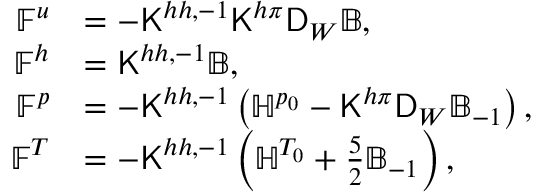
\begin{array} { r l } { \mathbb { F } ^ { u } } & { = - \mathsf { K } ^ { h h , - 1 } \mathsf { K } ^ { h \pi } \mathsf { D } _ { W } \mathbb { B } , } \\ { \mathbb { F } ^ { h } } & { = \mathsf { K } ^ { h h , - 1 } \mathbb { B } , } \\ { \mathbb { F } ^ { p } } & { = - \mathsf { K } ^ { h h , - 1 } \left( \mathbb { H } ^ { p _ { 0 } } - \mathsf { K } ^ { h \pi } \mathsf { D } _ { W } \mathbb { B } _ { - 1 } \right) , } \\ { \mathbb { F } ^ { T } } & { = - \mathsf { K } ^ { h h , - 1 } \left( \mathbb { H } ^ { T _ { 0 } } + \frac { 5 } { 2 } \mathbb { B } _ { - 1 } \right) , } \end{array}